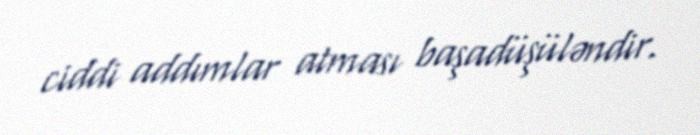
ciddi addımlar atması başadüşüləndir.